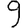
Digit: 9